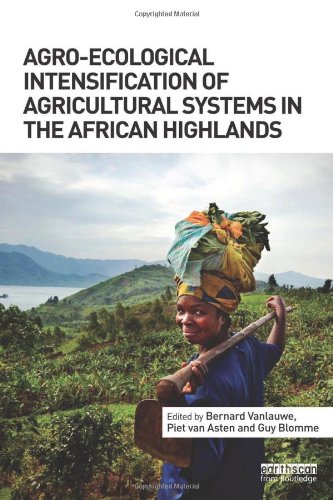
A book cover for Agro-Ecological Intensification of Agricultural Systems in the African Highlands; Science & Math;